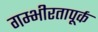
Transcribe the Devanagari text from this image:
गम्भीरतापूर्क